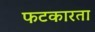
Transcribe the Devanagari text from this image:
फटकारता